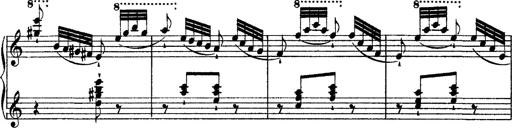
Title: Grandes Ã©tudes de Paganini
Composer: Franz Liszt